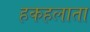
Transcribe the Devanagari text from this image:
हकहलाता